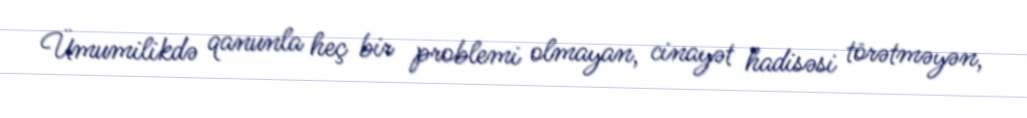
Ümumilikdə qanunla heç bir problemi olmayan, cinayət hadisəsi törətməyən,